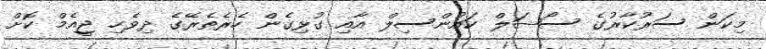
މިކަން ސަރުކާރުގެ ސޯޝަލް ކައުންސިލް އާއި ގުޅިގެން ހެރެތެރޭގެ ދިވެހި ޖީއެމް ކޮށް